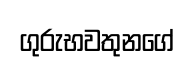
ගුරුභවතුනගේ